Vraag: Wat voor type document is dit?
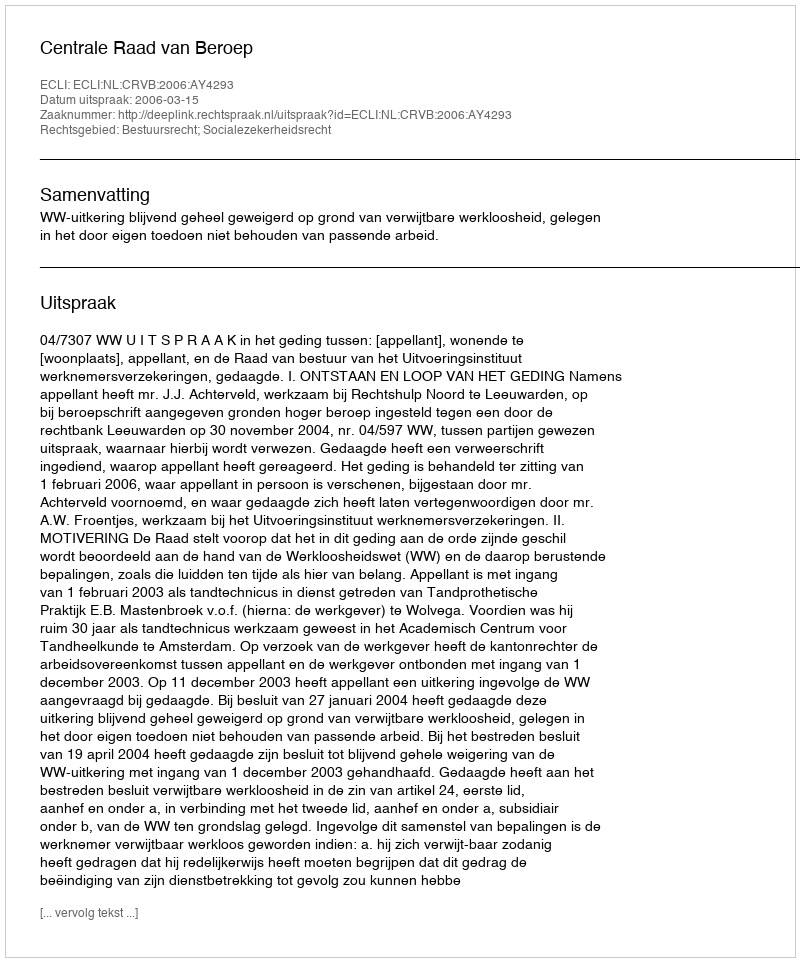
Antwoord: Uitspraak